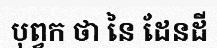
បុព្វក ថា នៃ ដែនដី